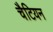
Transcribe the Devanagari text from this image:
चैटियन